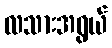
လသားအရွယ်